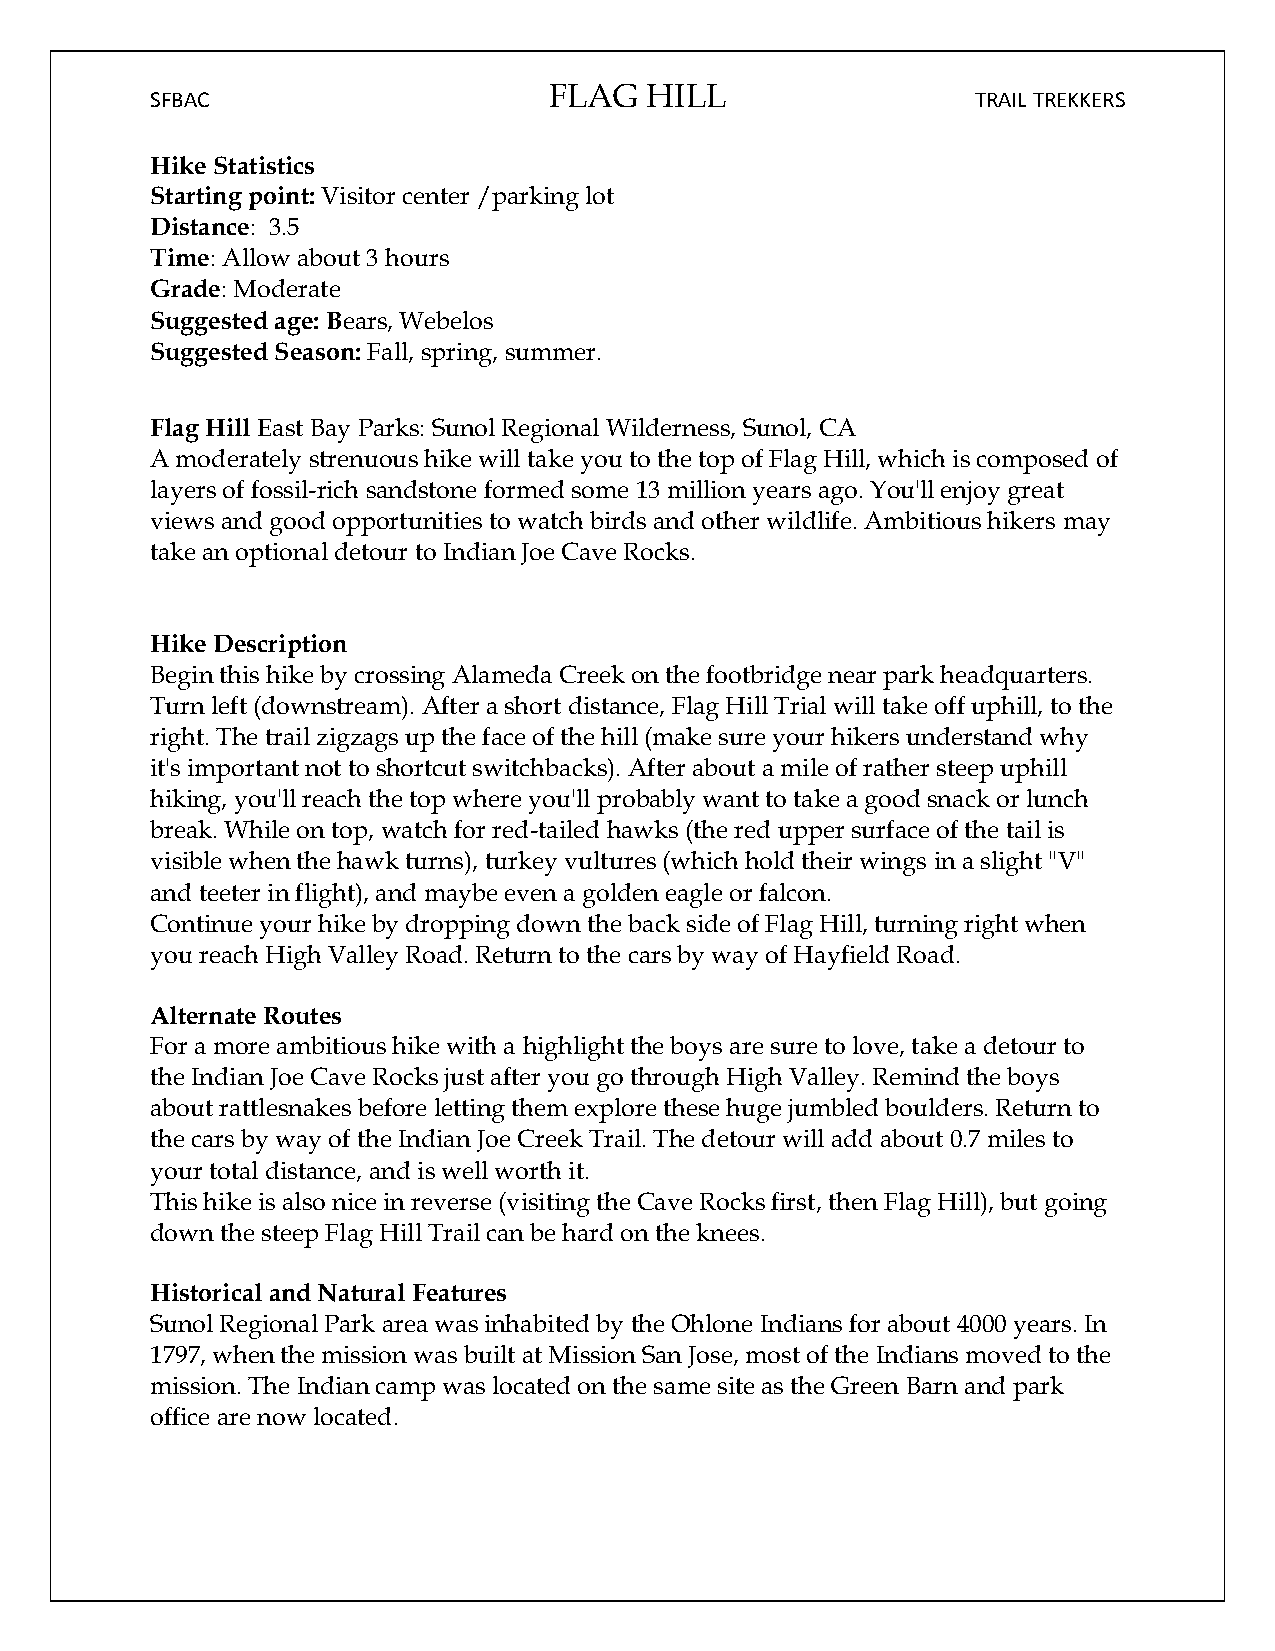
FLAG   HILL
 SFBAC                                                  TRAIL TREKKERS
 Hike Statistics
 Starting point: Visitor center /parking lot
 Distance: 3.5
 Time: Allow about 3 hours
 Grade: Moderate
 Suggested age: Bears, Webelos
 Suggested Season: Fall, spring, summer.
 Flag Hill East Bay Parks: Sunol Regional Wilderness, Sunol, CA
 A moderately strenuous hike will take you to the top of Flag Hill, which is composed of
 layers of fossil-rich sandstone formed some 13 million years ago. You'll enjoy great
 views and good opportunities to watch birds and other wildlife. Ambitious hikers may
 take an optional detour to Indian Joe Cave Rocks.
 Hike Description
 Begin this hike by crossing Alameda Creek on the footbridge near park headquarters.
 Turn left (downstream). After a short distance, Flag Hill Trial will take off uphill, to the
 right. The trail zigzags up the face of the hill (make sure your hikers understand why
 it's important not to shortcut switchbacks). After about a mile of rather steep uphill
 hiking, you'll reach the top where you'll probably want to take a good snack or lunch
 break. While on top, watch for red-tailed hawks (the red upper surface of the tail is
 visible when the hawk turns), turkey vultures (which hold their wings in a slight "V"
 and teeter in flight), and maybe even a golden eagle or falcon.
 Continue your hike by dropping down the back side of Flag Hill, turning right when
 you reach High Valley Road. Return to the cars by way of Hayfield Road.
 Alternate Routes
 For a more ambitious hike with a highlight the boys are sure to love, take a detour to
 the Indian Joe Cave Rocks just after you go through High Valley. Remind the boys
 about rattlesnakes before letting them explore these huge jumbled boulders. Return to
 the cars by way of the Indian Joe Creek Trail. The detour will add about 0.7 miles to
 your total distance, and is well worth it.
 This hike is also nice in reverse (visiting the Cave Rocks first, then Flag Hill), but going
 down the steep Flag Hill Trail can be hard on the knees.
 Historical and Natural Features
 Sunol Regional Park area was inhabited by the Ohlone Indians for about 4000 years. In
 1797, when the mission was built at Mission San Jose, most of the Indians moved to the
 mission. The Indian camp was located on the same site as the Green Barn and park
 office are now located.